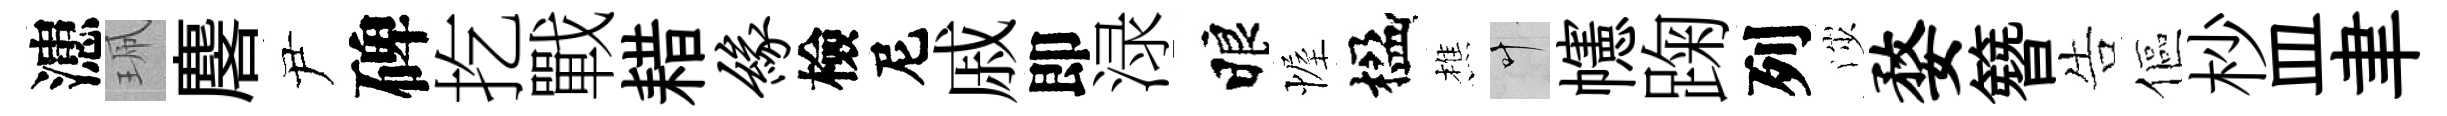
漶珮麐尹碑扢戰耤缘檢尼戚即渌睱幄楹樵叶幰踘列渉婺簪告傴杪皿聿